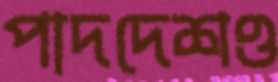
পাদদেশও